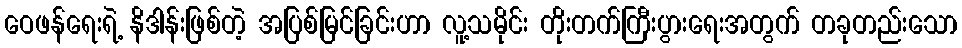
ဝေဖန်ရေးရဲ့ နိဒါန်းဖြစ်တဲ့ အပြစ်မြင်ခြင်းဟာ လူ့သမိုင်း တိုးတက်ကြီးပွားရေးအတွက် တခုတည်းသော